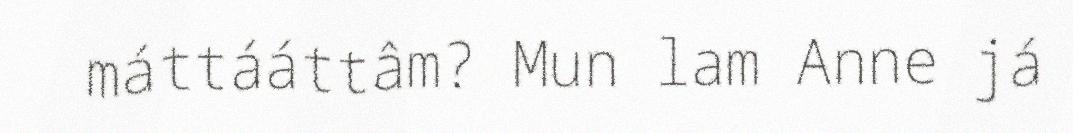
máttááttâm? Mun lam Anne já